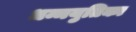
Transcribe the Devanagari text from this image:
धम्मयुतिका